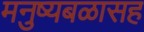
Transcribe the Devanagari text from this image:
मनुष्यबळासह